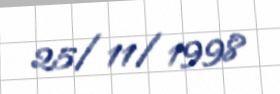
25/11/1998